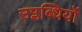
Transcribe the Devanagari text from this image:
उप्लब्धियों